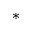
^ *